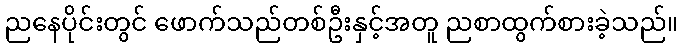
ညနေပိုင်းတွင် ဖောက်သည်တစ်ဦးနှင့်အတူ ညစာထွက်စားခဲ့သည်။